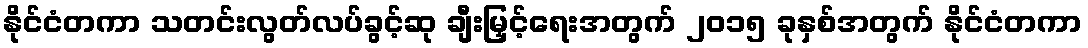
နိုင်ငံတကာ သတင်းလွတ်လပ်ခွင့်ဆု ချီးမြှင့်ရေးအတွက် ၂၀၁၅ ခုနှစ်အတွက် နိုင်ငံတကာ